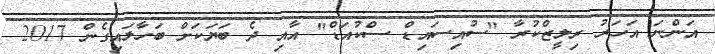
އަންނަ އަހަރު ރިލީޒްކުރާ "ސުއިސައިޑް ސްކުއަޑް" އާއި ދެ ބަޔަކަށް ބަހާލައިގެން 2017